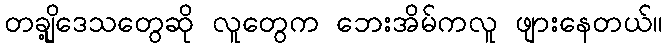
တချို့ဒေသတွေဆို လူတွေက ဘေးအိမ်ကလူ ဖျားနေတယ်။